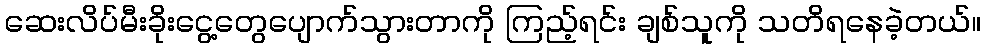
ဆေးလိပ်မီးခိုးငွေ့တွေပျောက်သွားတာကို ကြည့်ရင်း ချစ်သူကို သတိရနေခဲ့တယ်။